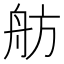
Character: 舫